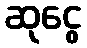
ဆုငွေ